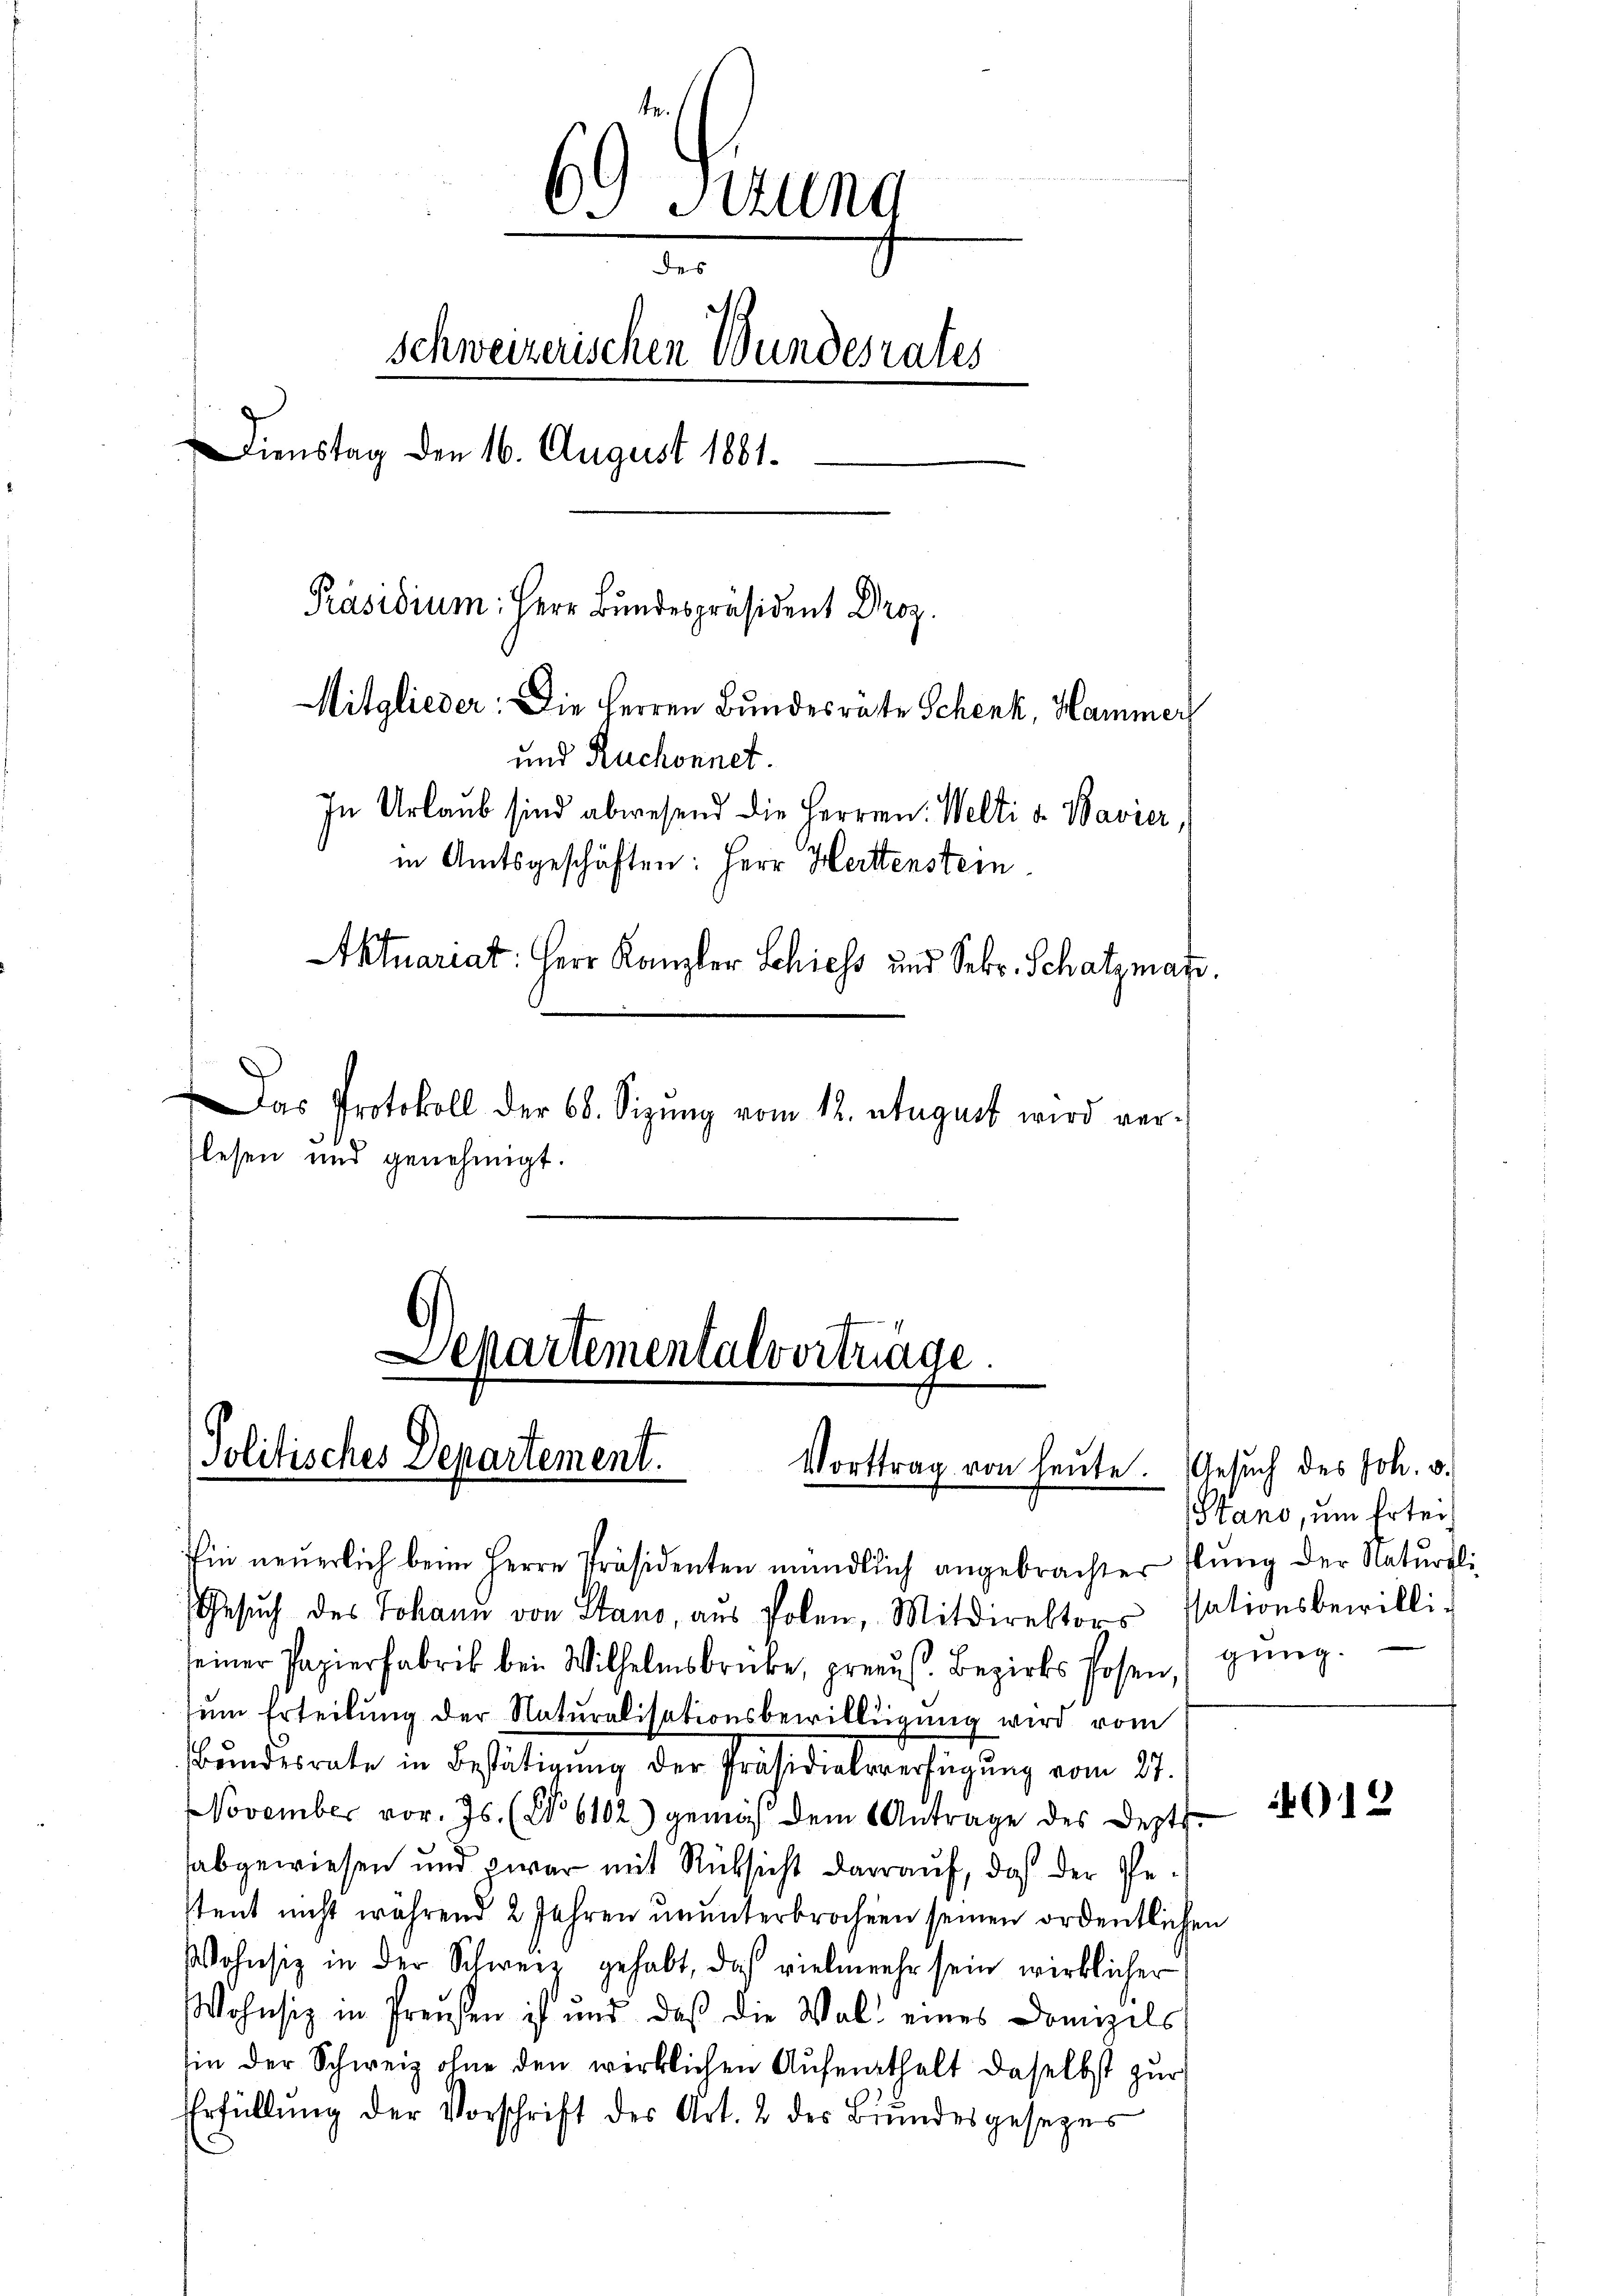
69 Sitzung
des
schweizerischen Bundesrates
Dienstag den 16. August 1881.
Präsidium: Herr Bundespräsident Droz.
Mitglieder: Die Herren Bundesräte Schenk, Hammer
und Ruchonnet.
In Urlaub sind abwesend die Herren: Welti v. Bavier
in Amtsgeschäften: Herr Hertenstein
Aktuariat: Herr Kanzler Schiess und Sekr. Schatzmarc
Das Protokoll der 68. Sizŭng vom 12. August wird ver-
flesen und genehmigt.

Politisches Departement.
Vorttrag von heŭte. Gesŭch des Joh. v.

Departementalverträge.

Ein neŭerlich beim Herrn Präsidenten mündlich angebrachter Bŭng der Natŭrali-
Gesŭch des Johann von Stand, aŭs Polen, Mitdirektors sationsbewilli-
seiner Papierfabrik bei Wilhelmsbrücke, preuß. Bezirks Hosen, ging.
ŭm Erteilung der Naturalisationsbewilligung wird vom
Bŭndesrate in Bestätigŭng der Präsidialsverfügŭng vom 27.
November vor. Js. (No 6102) gemäß dem Antrage des Deptt.
abgewiesen und zwar mit Rücksicht darauf, daß der Gestent nicht während 2 Jahren ununterbrochen seinen ordentlichen
Wohnsiz in der Schweiz gehabt, das vielmehr sein wirklicher
Wohnsiz in Preußen ist und daß die Wald eines Domizils
sin der Schweiz ohne den wirklichen Aŭfenthalt daselbst zŭr
Erfüllŭng der Vorschrift des Art. 2 des Brŭndesgesezes

Stand, um Ertei¬

12